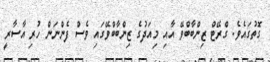
ގޮތުގައެވެ. ގްރޭޓް ޒިންބާބްވޭ އާއި މިއަދުގެ ޒިންބާބްވޭގައި ވެސް ފެންނަން ހުރި އާސާރީ